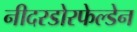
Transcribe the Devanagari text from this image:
नीदरडोरफेल्डेन